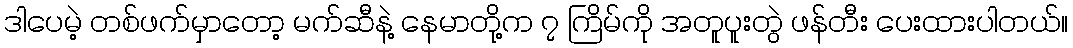
ဒါပေမဲ့ တစ်ဖက်မှာတော့ မက်ဆီနဲ့ နေမာတို့က ၇ ကြိမ်ကို အတူပူးတွဲ ဖန်တီး ပေးထားပါတယ်။